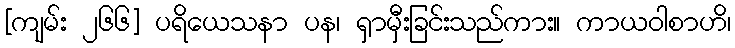
[ကျမ်း ၂၆၆] ပရိယေသနာ ပန၊ ရှာမှီးခြင်းသည်ကား။ ကာယဝါစာဟိ၊